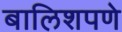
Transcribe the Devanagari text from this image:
बालिशपणे